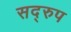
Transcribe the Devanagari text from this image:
सद्‌रुप